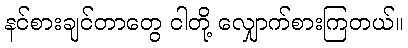
နင်စားချင်တာတွေ ငါတို့ လျှောက်စားကြတယ်။